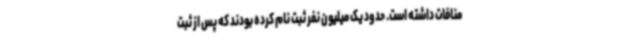
منافات داشته است. حدود یک میلیون نفر ثبت نام کرده بودند که پس از ثبت